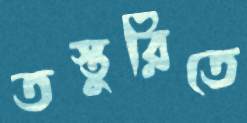
তস্তুরিতে